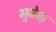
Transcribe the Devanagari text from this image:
भुजेचा